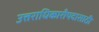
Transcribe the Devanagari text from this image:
उत्तराधिकारीपदासाठी